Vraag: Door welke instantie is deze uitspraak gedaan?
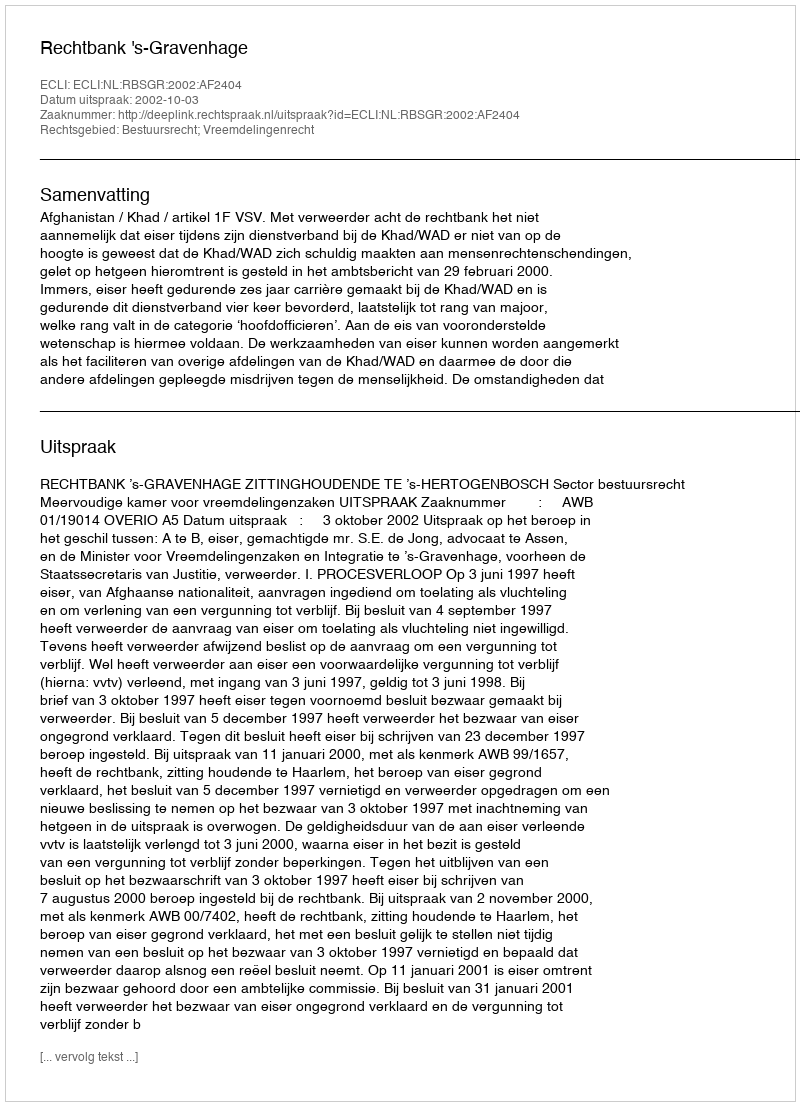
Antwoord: Rechtbank 's-Gravenhage